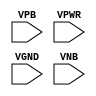
module sky130_fd_sc_hvl__decap (
    //# {{power|Power}}
    input VPB ,
    input VPWR,
    input VGND,
    input VNB
);
endmodule